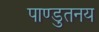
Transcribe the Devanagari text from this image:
पाण्डुतनय